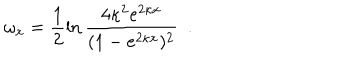
LaTeX: \omega _ { x } = \frac { 1 } { 2 } \ln \frac { 4 \kappa ^ { 2 } e ^ { 2 \kappa x } } { ( 1 - e ^ { 2 \kappa x } ) ^ { 2 } } ~ ~ .